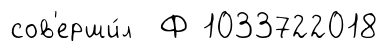
сов'ерши́л Ф 1033722018